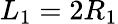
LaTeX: L_{1}=2R_{1}